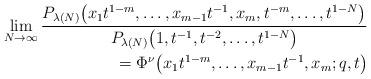
LaTeX: \begin{align*}\lim_{N\rightarrow\infty}{\frac{P_{\lambda(N)}\big(x_1t^{1-m}, \dots, x_{m-1}t^{-1}, x_m, t^{-m}, \dots, t^{1 - N}\big)}{P_{\lambda(N)}\big(1, t^{-1}, t^{-2}, \dots, t^{1 - N}\big)}} \\\qquad{} = \Phi^{\nu}\big(x_1t^{1-m}, \dots, x_{m-1}t^{-1}, x_m; q, t\big)\end{align*}